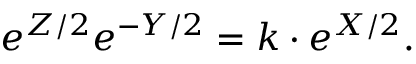
\displaystyle { e ^ { Z / 2 } e ^ { - Y / 2 } = k \cdot e ^ { X / 2 } . }